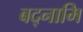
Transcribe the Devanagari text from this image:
बद्नामि